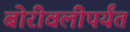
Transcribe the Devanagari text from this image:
बोरीवलीपर्यंत